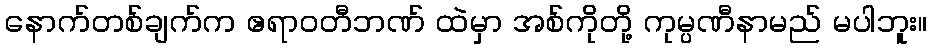
နောက်တစ်ချက်က ဧရာဝတီဘဏ် ထဲမှာ အစ်ကိုတို့ ကုမ္ပဏီနာမည် မပါဘူး။